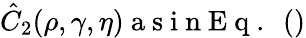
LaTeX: \hat{C}_{2}(\rho,\gamma,\eta)\mathrm{~a~s~i~n~E~q~.~}~()